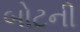
બોટની